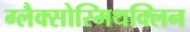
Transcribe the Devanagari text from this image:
ग्लैक्सोस्मिथक्लिन